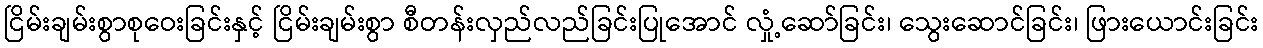
ငြိမ်းချမ်းစွာစုဝေးခြင်းနှင့် ငြိမ်းချမ်းစွာ စီတန်းလှည်လည်ခြင်းပြုအောင် လှုံ့ဆော်ခြင်း၊ သွေးဆောင်ခြင်း၊ ဖြားယောင်းခြင်း